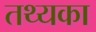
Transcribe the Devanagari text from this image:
तथ्यका